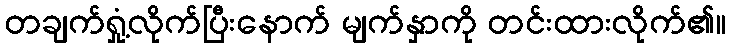
တချက်ရှုံ့လိုက်ပြီးနောက် မျက်နှာကို တင်းထားလိုက်၏။